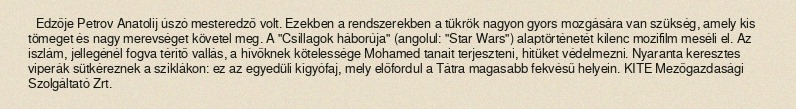
Edzője Petrov Anatolij úszó mesteredző volt. Ezekben a rendszerekben a tükrök nagyon gyors mozgására van szükség, amely kis tömeget és nagy merevséget követel meg. A "Csillagok háborúja" (angolul: "Star Wars") alaptörténetét kilenc mozifilm meséli el. Az iszlám, jellegénél fogva térítő vallás, a hívőknek kötelessége Mohamed tanait terjeszteni, hitüket védelmezni. Nyaranta keresztes viperák sütkéreznek a sziklákon: ez az egyedüli kígyófaj, mely előfordul a Tátra magasabb fekvésű helyein. KITE Mezőgazdasági Szolgáltató Zrt.